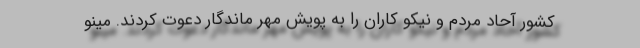
کشور آحاد مردم و نیکو کاران را به پویش مهر ماندگار دعوت کردند. مینو